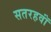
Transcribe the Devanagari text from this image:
सतरहवॉं